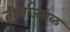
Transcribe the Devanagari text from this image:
तीर्थाजवळ